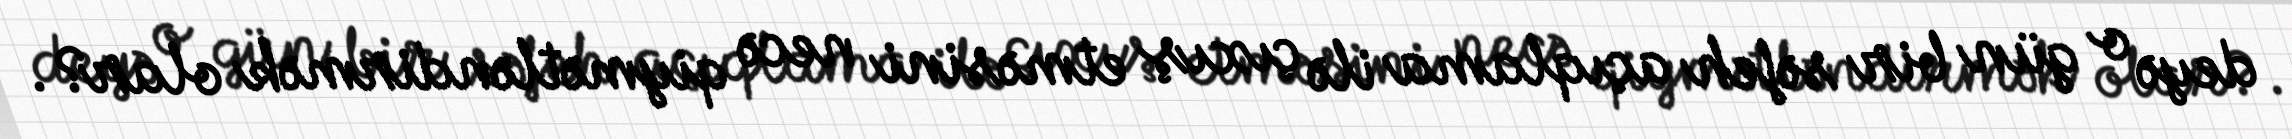
deyə o gün bir səfeh açıqlama ilə çıxış etməsini necə qiymətləndirmək olar?.